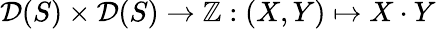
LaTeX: {\mathcal{D}}(S)\times{\mathcal{D}}(S)\rightarrow\mathbb{Z}:(X,Y)\mapsto X\cdot Y